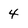
Character: 4